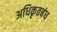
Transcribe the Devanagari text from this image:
अधिकृतबंध